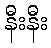
နီးနီး